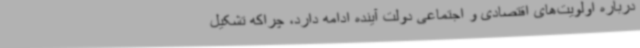
درباره اولویت‌های اقتصادی و اجتماعی دولت آینده ادامه دارد، چراکه تشکیل